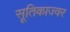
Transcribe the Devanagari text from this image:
सूतिकाज्वर